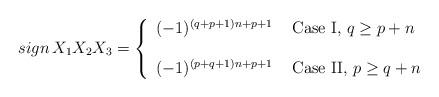
LaTeX: \begin{align*}sign\,X_1X_2X_3=\left\{\begin{array}{ll}(-1)^{(q+p+1)n+p+1}& \mbox{ Case I, $q\ge p+n$}\\&\\(-1)^{(p+q+1)n+p+1}&\mbox{ Case II, $p\ge q+n$}\\\end{array}\right.\end{align*}